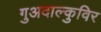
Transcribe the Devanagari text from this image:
गुअदाल्कुविर